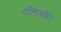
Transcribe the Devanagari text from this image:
एलिंस्की